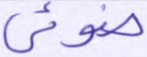
ضوئي